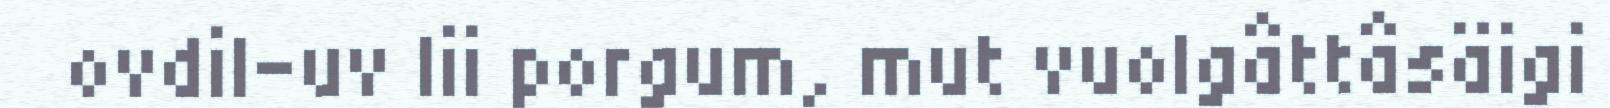
ovdil-uv lii porgum, mut vuolgâttâsäigi